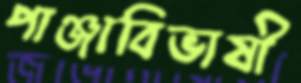
পাঞ্জাবিভাষী